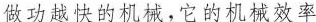
做功越快的机械，它的机械效率